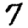
Digit: 7